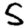
Digit: 5